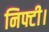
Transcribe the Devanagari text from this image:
निफ्टी।